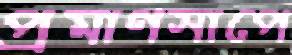
প্রমাণসাপে